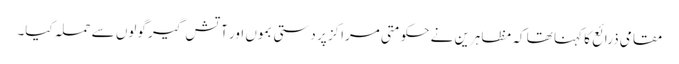
مقامی ذرائع کا کہنا تھا کہ مظاہرین نے حکومتی مراکز پر دستی بموں اور آتش گیر گولوں سے حملہ کیا۔